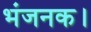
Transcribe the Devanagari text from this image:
भंजनक।